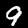
Digit: 9